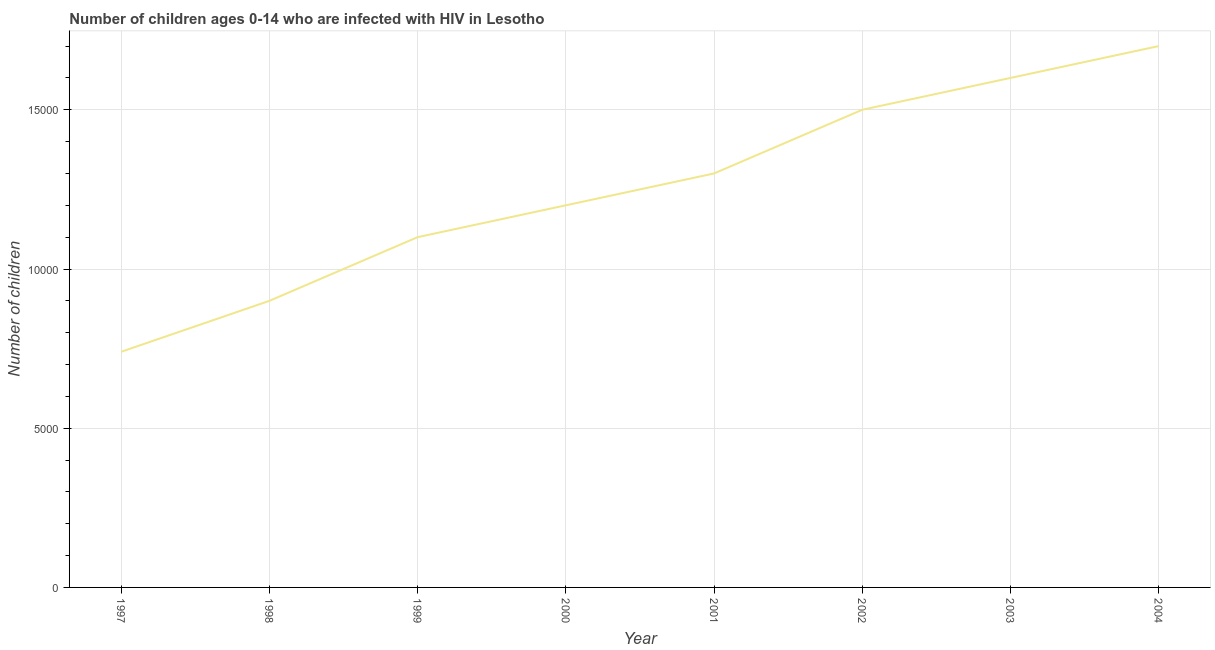
| Year | Children (0-14) living with HIV |
 | --- | --- |
 | 1997 | 7.4e+03 |
 | 1998 | 9e+03 |
 | 1999 | 1.1e+04 |
 | 2000 | 1.2e+04 |
 | 2001 | 1.3e+04 |
 | 2002 | 1.5e+04 |
 | 2003 | 1.6e+04 |
 | 2004 | 1.7e+04 |